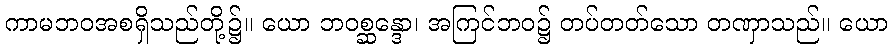
ကာမဘဝအစရှိသည်တို့၌။ ယော ဘဝစ္ဆန္ဒော၊ အကြင်ဘဝ၌ တပ်တတ်သော တဏှာသည်။ ယော